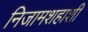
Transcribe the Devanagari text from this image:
निजामशहाशी